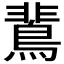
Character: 𪂏